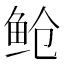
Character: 䲝